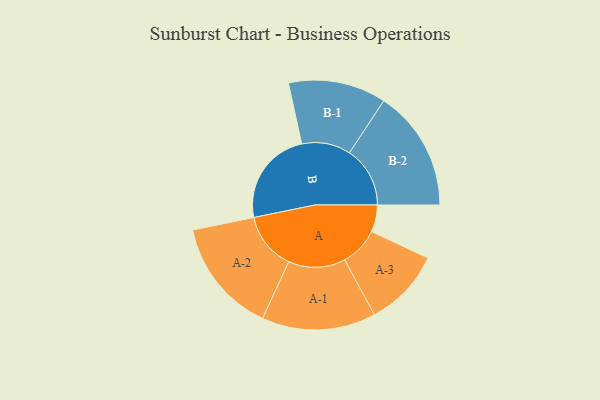
{"axis": {"x": "Segment", "y": "Value"}, "legend": ["", "A", "B"], "data": [{"x": "A", "y": 127, "type": ""}, {"x": "B", "y": 451, "type": ""}, {"x": "A-1", "y": 269, "type": "A"}, {"x": "A-2", "y": 271, "type": "A"}, {"x": "A-3", "y": 184, "type": "A"}, {"x": "B-1", "y": 231, "type": "B"}, {"x": "B-2", "y": 286, "type": "B"}]}